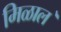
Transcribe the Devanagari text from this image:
मिळाल॓